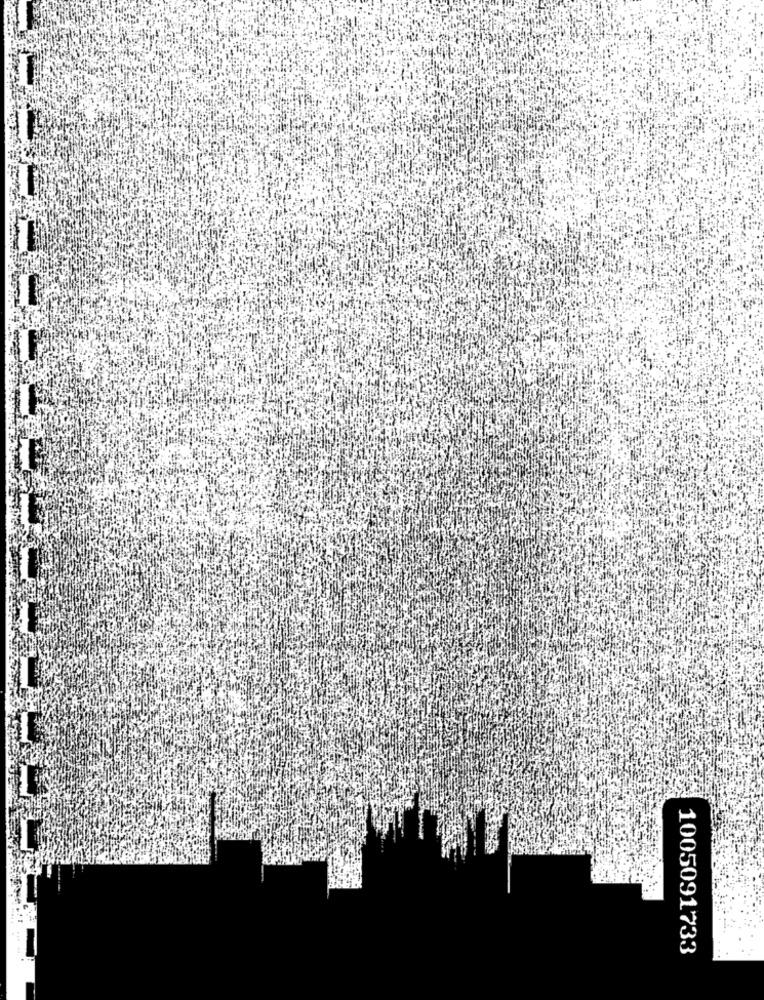
1005091733